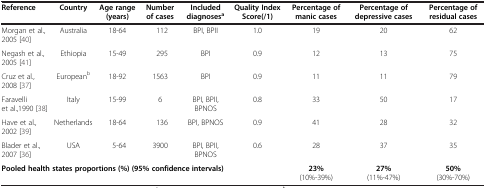
<table><thead><tr><td><b>Reference</b></td><td><b>Country</b></td><td><b>Age range (years)</b></td><td><b>Number of cases</b></td><td><b>Included diagnoses<sup>a</sup></b></td><td><b>Quality Index Score(/1)</b></td><td><b>Percentage of manic cases</b></td><td><b>Percentage of depressive cases</b></td><td><b>Percentage of residual cases</b></td></tr></thead><tbody><tr><td>Morgan et al., 2005 [40]</td><td>Australia</td><td>18-64</td><td>112</td><td>BPI, BPII</td><td>1.0</td><td>19</td><td>20</td><td>62</td></tr><tr><td>Negash et al., 2005 [41]</td><td>Ethiopia</td><td>15-49</td><td>295</td><td>BPI</td><td>0.9</td><td>12</td><td>13</td><td>75</td></tr><tr><td>Cruz et al., 2008 [37]</td><td>European<sup>b</sup></td><td>18-92</td><td>1563</td><td>BPI</td><td>0.9</td><td>11</td><td>11</td><td>79</td></tr><tr><td>Faravelli et al.,1990 [38]</td><td>Italy</td><td>15-99</td><td>6</td><td>BPI, BPII, BPNOS</td><td>0.8</td><td>33</td><td>50</td><td>17</td></tr><tr><td>Have et al., 2002 [39]</td><td>Netherlands</td><td>18-64</td><td>136</td><td>BPI, BPNOS</td><td>0.9</td><td>41</td><td>28</td><td>32</td></tr><tr><td>Blader et al., 2007 [36]</td><td>USA</td><td>5-64</td><td>3900</td><td>BPI, BPII, BPNOS</td><td>0.6</td><td>28</td><td>37</td><td>35</td></tr><tr><td colspan="6"><b>Pooled health states proportions (%) (95% confidence intervals)</b></td><td><b>23%</b> (10%-39%)</td><td><b>27%</b> (11%-47%)</td><td><b>50%</b> (30%-70%)</td></tr></tbody></table>